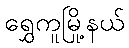
ရွှေကူမြို့နယ်